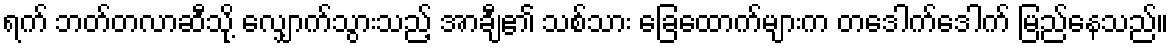
ရက် ဘတ်တလာဆီသို့ လျှောက်သွားသည့် အာချီ၏ သစ်သား ခြေထောက်များက တဒေါက်ဒေါက် မြည်နေသည်။